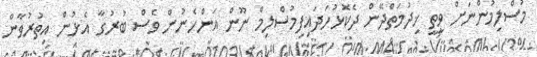
މުސްލިމުންނަށް ވީތީ ޚިދުމަތްދޭން ދެކޮޅުހަދައިފިމުސްލިމް ނޫން އަންހެނުން ވެސް ބުރުގާ އެޅުން އިތުރުވާން